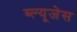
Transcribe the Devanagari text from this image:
ब्ल्यूजेस